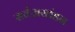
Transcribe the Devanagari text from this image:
सर्वज्ञखंडन